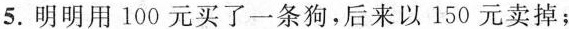
5.明明用100元买了一条狗，后来以150元卖掉；